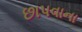
છાપવાના